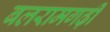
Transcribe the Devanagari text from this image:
बलरामगढ़ी